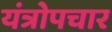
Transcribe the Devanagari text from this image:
यंत्रोपचार